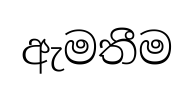
ඇමතීම